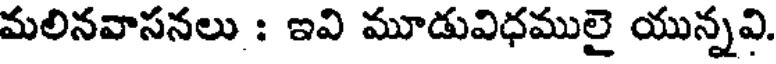
మలినవాసనలు : ఇవి మూడువిధములై యున్నవి.